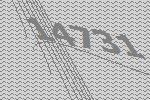
14731